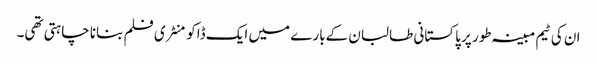
ان کی ٹیم مبینہ طور پر پاکستانی طالبان کےبارے میں ایک ڈاکومنٹری فلم بنانا چاہتی تھی۔